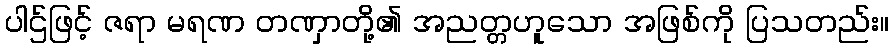
ပါဌ်ဖြင့် ဇရာ မရဏ တဏှာတို့၏ အညတ္တဟူသော အဖြစ်ကို ပြသတည်း။